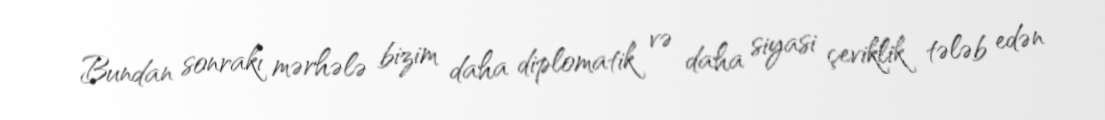
Bundan sonrakı mərhələ bizim daha diplomatik və daha siyasi çeviklik tələb edən